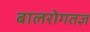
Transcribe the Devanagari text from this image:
बालरोगतज्ञ